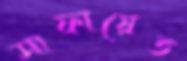
সাফায়েত